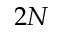
2 N